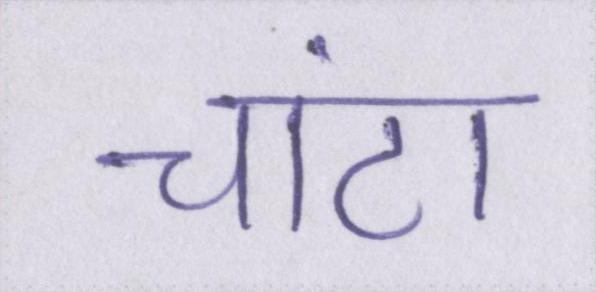
चांटा